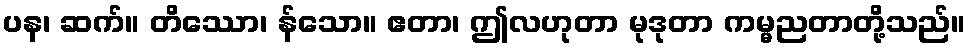
ပန၊ ဆက်။ တိဿော၊ န်သော။ ဧတာ၊ ဤလဟုတာ မုဒုတာ ကမ္မညတာတို့သည်။